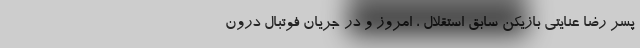
پسر رضا عنایتی بازیکن سابق استقلال ، امروز و در جریان فوتبال درون